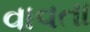
વાવતા